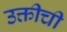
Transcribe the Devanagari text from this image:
उक्तीची